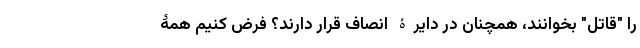
را "قاتل" بخوانند، همچنان در دایرۀ انصاف قرار دارند؟ فرض کنیم همۀ